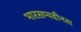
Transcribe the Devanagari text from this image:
भारसम्यहीनता